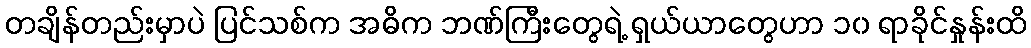
တချိန်တည်းမှာပဲ ပြင်သစ်က အဓိက ဘဏ်ကြီးတွေရဲ့ ရှယ်ယာတွေဟာ ၁၀ ရာခိုင်နှုန်းထိ